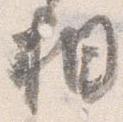
相